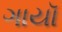
ગાયૉ